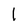
Character: 1